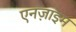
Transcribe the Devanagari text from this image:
एनज़ाइम